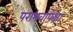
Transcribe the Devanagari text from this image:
पराभवापेक्षा